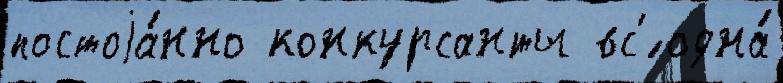
постоjа́нно конкурсанты вс'́ одна́